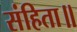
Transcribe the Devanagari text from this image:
संहिता॥